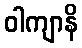
ဝါကျာနိ